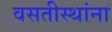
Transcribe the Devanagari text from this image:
वसतीस्थांना